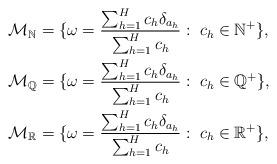
LaTeX: \begin{align*}\mathcal{M_{\mathbb{N}}}&= \{\omega=\frac{\sum_{h=1}^{H}c_h\delta_{a_h}}{\sum_{h=1}^{H}c_h}:\; c_h \in \mathbb{N}^+\}, \\\mathcal{M_{\mathbb{Q}}}&= \{\omega=\frac{\sum_{h=1}^{H}c_h\delta_{a_h}}{\sum_{h=1}^{H}c_h}:\; c_h \in \mathbb{Q}^+\}, \\\mathcal{M_{\mathbb{R}}}&= \{\omega=\frac{\sum_{h=1}^{H}c_h\delta_{a_h}}{\sum_{h=1}^{H}c_h}:\; c_h \in \mathbb{R}^+\},\end{align*}